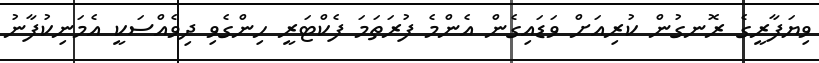
ވިޔަފާރީގެ ރޮނގުން ކުރިއަށް ވަޑައިގެން އެންމެ ފުރަތަމަ ފެކްޓަރީ ހިންގެވި ދިވެއްސަކީ އެމަނިކުފާނު